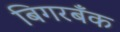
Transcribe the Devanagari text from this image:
बिगरबँक